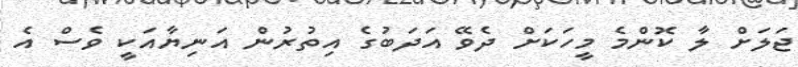
ޖަލަށް ލާ ކޮންމެ މީހަކަށް ދެވޭ އަދަބުގެ އިތުރުން އަނިޔާއަކީ ވެސް އެ